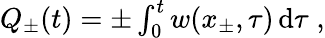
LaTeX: \begin{array}{r}{Q_{\pm}(t)=\pm\int_{0}^{t}w(x_{\pm},\tau)\, \mathrm{{d}}\tau\; ,}\end{array}